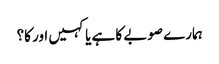
ہمارے صوبے کا ہے یا کہیں اور کا؟